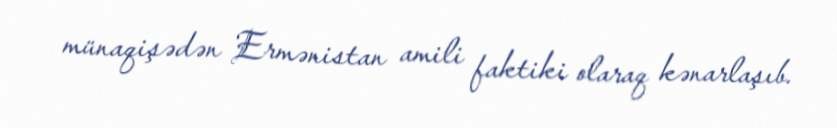
münaqişədən Ermənistan amili faktiki olaraq kənarlaşıb.